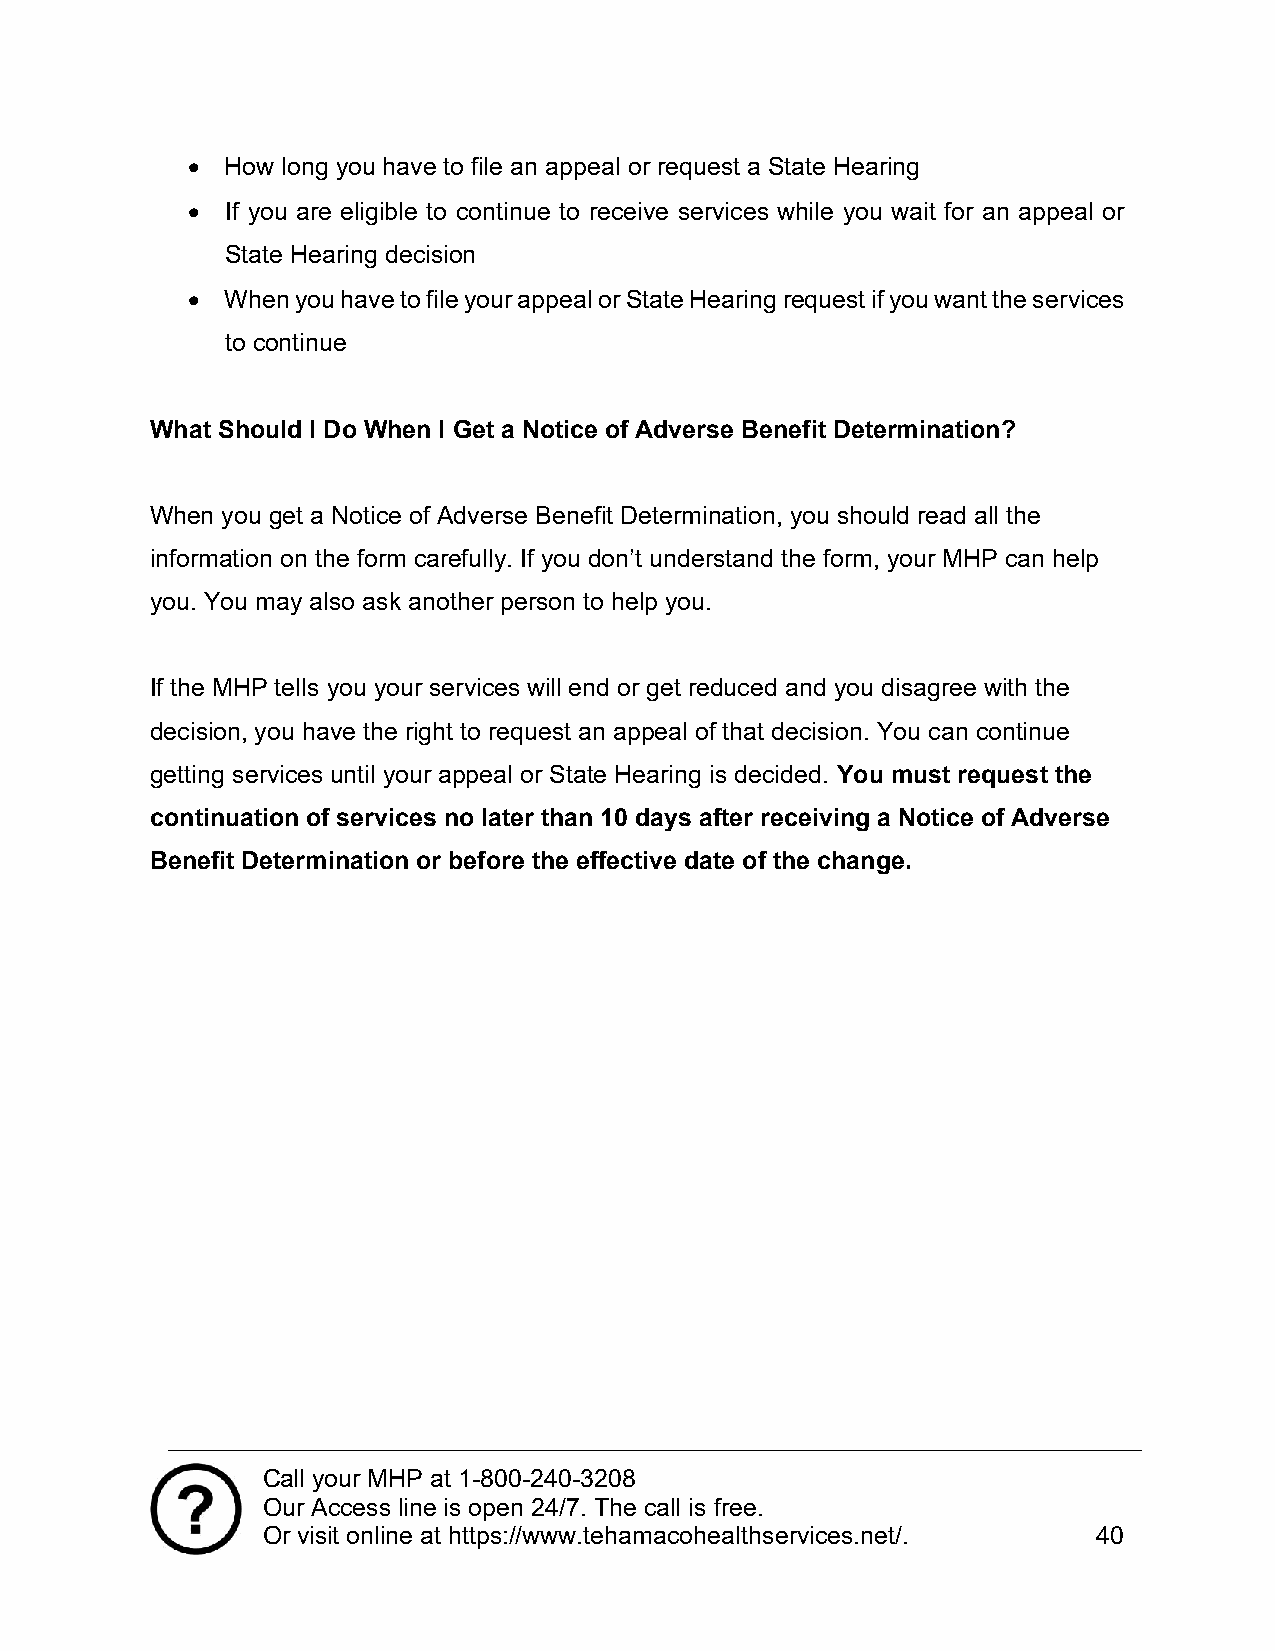
  How long you have to file an appeal or request a State Hearing
   If you are eligible to continue to receive services while you wait for an appeal or
 State Hearing decision
   When you have to file your appeal or State Hearing request if you want the services
 to continue
 What Should I Do When I Get a Notice of Adverse Benefit Determination?
 When you get a Notice of Adverse Benefit Determination, you should read all the
 information on the form carefully. If you don’t understand the form, your MHP can help
 you. You may also ask another person to help you.
 If the MHP tells you your services will end or get reduced and you disagree with the
 decision, you have the right to request an appeal of that decision. You can continue
 getting services until your appeal or State Hearing is decided. You must request the
 continuation of services no later than 10 days after receiving a Notice of Adverse
 Benefit Determination or before the effective date of the change.
 Call your MHP at 1-800-240-3208
 Our Access line is open 24/7. The call is free.
 Or visit online at https://www.tehamacohealthservices.net/. 40